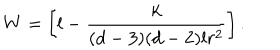
W = \left[ l - \frac { k } { ( d - 3 ) ( d - 2 ) l r ^ { 2 } } \right] .